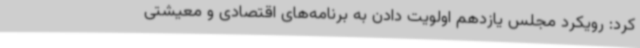
کرد: رویکرد مجلس یازدهم اولویت دادن به برنامه‌های اقتصادی و معیشتی